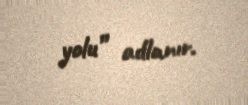
yolu” adlanır.